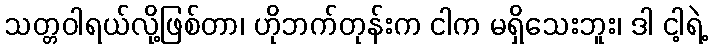
သတ္တဝါရယ်လို့ဖြစ်တာ၊ ဟိုဘက်တုန်းက ငါက မရှိသေးဘူး၊ ဒါ ငါ့ရဲ့